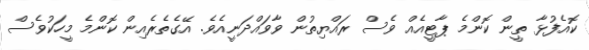
ކޮއެފުޅާ ތީން ކޮންމެ ޕާޓީއެއް ވެސް ރައްޔިތުން ވާވައްދަނީއެވެ. އޭގެތެރެއިން ކޮންމެ މީހަކުވެސް